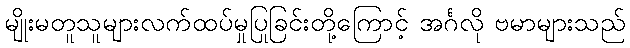
မျိုးမတူသူများလက်ထပ်မှုပြုခြင်းတို့ကြောင့် အင်္ဂလို ဗမာများသည်